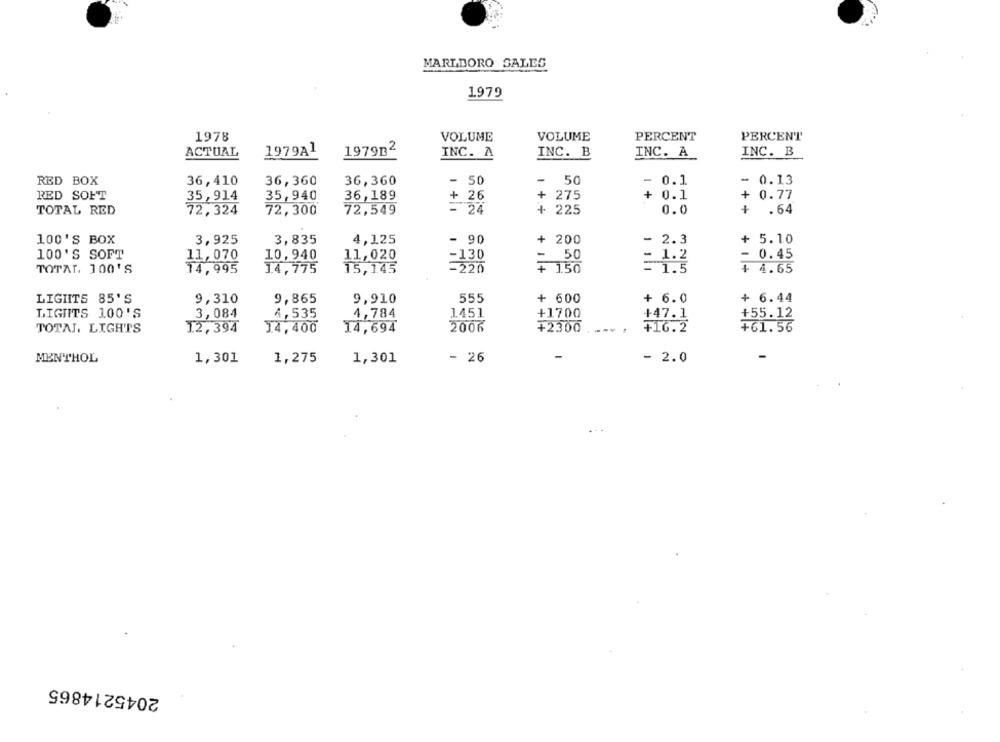
MARLBORO SALES
1979
1978
VOLUME
VOLUME
PERCENT
PERCENT
ACTUAL
1979A1
197912
INC. A
INC. B
INC. A
INC. B
-
-
RED BOX
36,410
36,360
36,360
-
50
- 0.1
0.13
+
+
RED SOFT
35,914
35,940
36,189
26
275
+ 0.1
+
0.77
TOTAL RED
72,324
72,300
72,549
= 24
+
225
0.0
.64
100'S BOX
3,925
3,835
4,125
- 90
+ 200
- 2.3
+
5.10
100'S SOFT
11,070
10,940
11,020
=130
50
-
0.45
- 220
TOTAL. 100'S
14,995
14,775
15,145
150
- 4.65
LIGHTS 85'S
9,310
9,865
9,910
555
+ 600
+ 6.0
+ 6.44
LIGIITS 100'S
3,084
4,535
4,784
1451
+1700
+47.1
+55.12
TOTAL, LIGHTS
12,394
14,400
14,694
2006
+2300
+16.2
+61.56
- 26
MENTHOL
1,301
1,275
1,301
- 2.0
2045214865